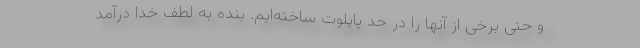
و حتی برخی از آنها را در حد پایلوت ساخته‌ایم. بنده به لطف خدا درآمد